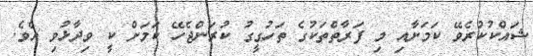
ޝައްކުކުރެވޭ ކަމަށާއި މި ފަރާތްތަކުގެ ތަހުގީގު ކުރަންޖެހޭ ކަމަށް ކީ ވިދާޅުވި އެވެ.